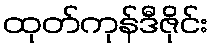
ထုတ်ကုန်ဒီဇိုင်း